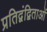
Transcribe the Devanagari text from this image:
प्रतिद्वंद्विताओं